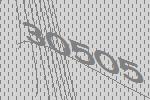
30505